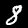
Digit: 8